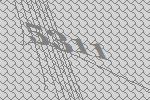
5311